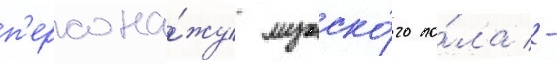
п'ерсона́жу мужско́го по́ла -